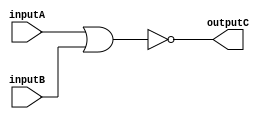
//-------------------------------------------------
// Cohort: OnOff
// Tony Tran, Hasan Kadado, Anthony Tran, Angel Gomez
//-------------------------------------------------
module SixteenBitNORgate(input [15:0] inputA, input [15:0] inputB, output reg [31:0] outputC);
    always @(*) begin
        outputC = ~(inputA | inputB);
    end
endmodule


// module testbench();
//     reg [15:0] inputA;
//     reg [15:0] inputB;
//     wire [31:0] outputC;

//     NORgate DUT (
//         .inputA(inputA),
//         .inputB(inputB),
//         .outputC(outputC)
//     );

//     initial begin
//         inputA = 16'b0000000001111111;
//         inputB = 16'b0000000001111111;
//         #60;
//         $display("inputA = %b", inputA);
//         $display("inputB = %b", inputB);
//         $display("outputC = %b", outputC);

//         inputA = 16'b1000000000000001;
//         inputB = 16'b0000000000000000;
//         #60;
//         $display("inputA = %b", inputA);
//         $display("inputB = %b", inputB);
//         $display("outputC = %b", outputC);
//     end
// endmodule